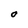
Character: O